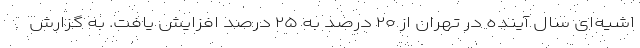
اشیه‌ای سال آینده در تهران از ۲۰ درصد به ۲۵ درصد افزایش یافت. به گزارش